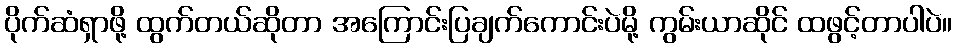
ပိုက်ဆံရှာဖို့ ထွက်တယ်ဆိုတာ အကြောင်းပြချက်ကောင်းပဲမို့ ကွမ်းယာဆိုင် ထဖွင့်တာပါပဲ။